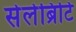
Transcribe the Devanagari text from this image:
सेलेब्रिटि